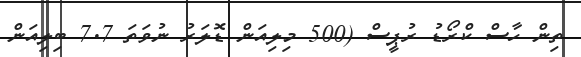
ތިން ހާސް ކްރޯޑު ރުޕީސް (500 މިލިއަން ޑޮލަރު ނުވަތަ 7.7 ބިލިއަން